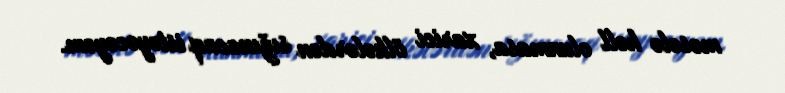
məsələ həll olunmasa, xarici ölkələrdən sığınacaq istəyəcəyəm.